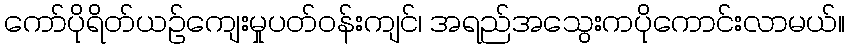
ကော်ပိုရိတ်ယဉ်ကျေးမှုပတ်ဝန်းကျင်၊ အရည်အသွေးကပိုကောင်းလာမယ်။